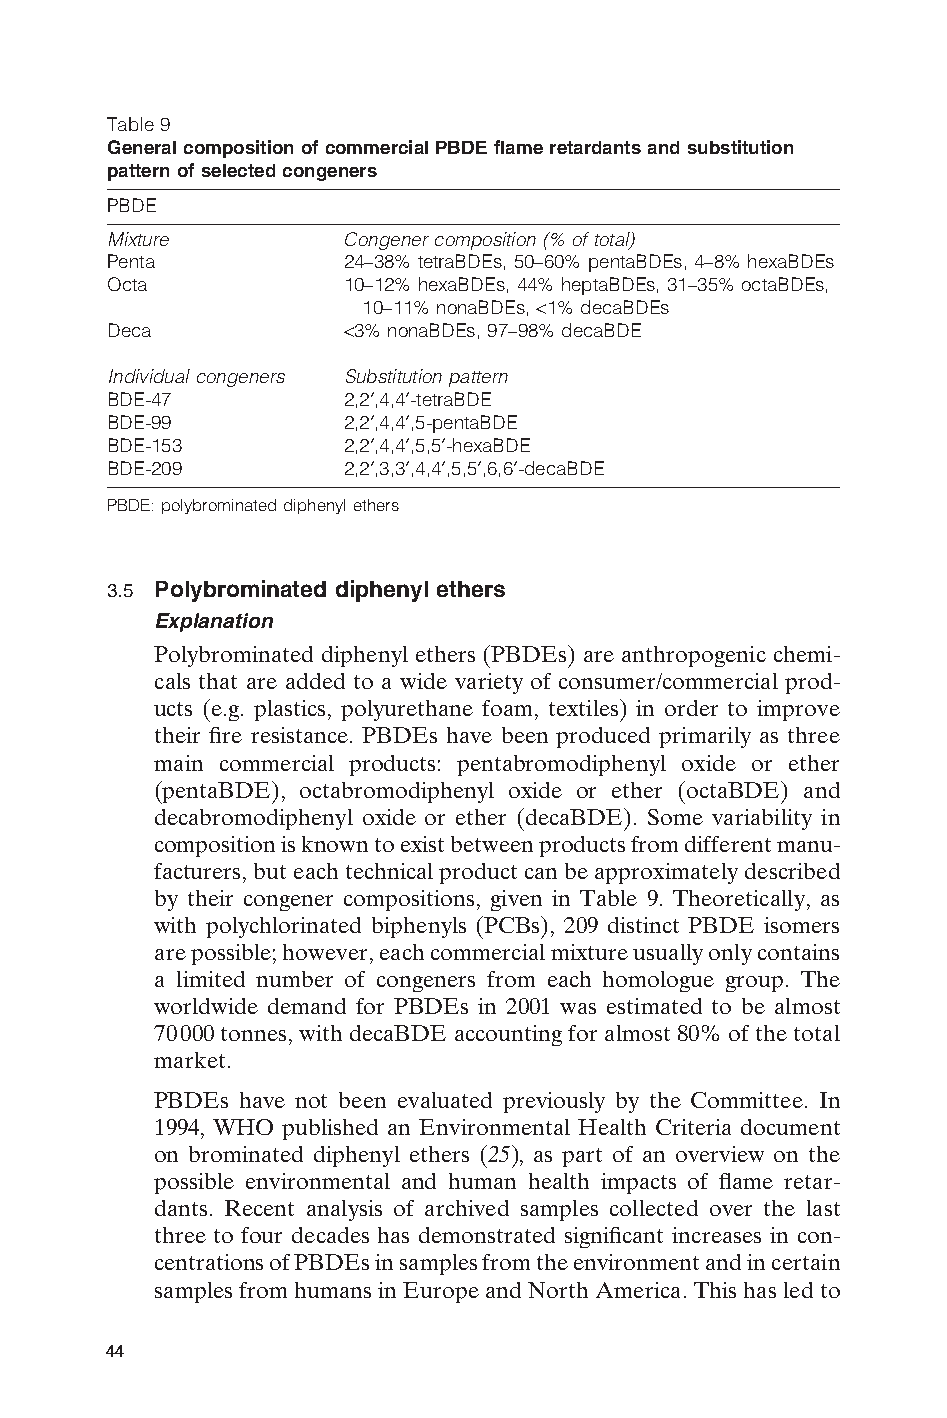
Table 9
 General composition of commercial PBDE flame retardants and substitution
 pattern of selected congeners
 PBDE
 Mixture        Congener composition (% of total)
 Penta          24–38% tetraBDEs, 50–60% pentaBDEs, 4–8% hexaBDEs
 Octa           10–12% hexaBDEs, 44% heptaBDEs, 31–35% octaBDEs,
 10–11% nonaBDEs, <1% decaBDEs
 Deca           <3% nonaBDEs, 97–98% decaBDE
 Individual congeners Substitution pattern
 BDE-47         2,2¢,4,4¢-tetraBDE
 BDE-99         2,2¢,4,4¢,5-pentaBDE
 BDE-153        2,2¢,4,4¢,5,5¢-hexaBDE
 BDE-209        2,2¢,3,3¢,4,4¢,5,5¢,6,6¢-decaBDE
 PBDE: polybrominated diphenyl ethers
 3.5 Polybrominated diphenyl ethers
 Explanation
 Polybrominated diphenyl ethers (PBDEs) are anthropogenic chemi-
 cals that are added to a wide variety of consumer/commercial prod-
 ucts (e.g. plastics, polyurethane foam, textiles) in order to improve
 their fire resistance. PBDEs have been produced primarily as three
 main commercial products: pentabromodiphenyl oxide or ether
 (pentaBDE), octabromodiphenyl oxide or ether (octaBDE) and
 decabromodiphenyl oxide or ether (decaBDE). Some variability in
 composition is known to exist between products from different manu-
 facturers, but each technical product can be approximately described
 by their congener compositions, given in Table 9. Theoretically, as
 with polychlorinated biphenyls (PCBs), 209 distinct PBDE isomers
 are possible; however, each commercial mixture usually only contains
 a limited number of congeners from each homologue group. The
 worldwide demand for PBDEs in 2001 was estimated to be almost
 70000 tonnes, with decaBDE accounting for almost 80% of the total
 market.
 PBDEs have not been evaluated previously by the Committee. In
 1994, WHO published an Environmental Health Criteria document
 on brominated diphenyl ethers (25), as part of an overview on the
 possible environmental and human health impacts of flame retar-
 dants. Recent analysis of archived samples collected over the last
 three to four decades has demonstrated significant increases in con-
 centrations of PBDEs in samples from the environment and in certain
 E
 samples from humans in Europe and North America. This has led to
 44
 Untitled-4       44                    12/20/05, 19:53